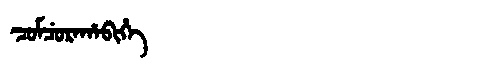
Manchu: ᠴᡠᠮᠴᡠᡵᠠᡥᠠᠪᡳᡥᡝ
Romanization: CUMCURAHABIHE